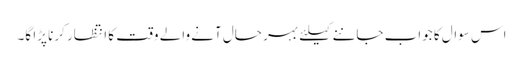
اس سوال کا جواب جاننے کیلئے بہر حال آنے والے وقت کا انتظار کرنا پڑا گا۔